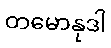
တမောနုဒါ